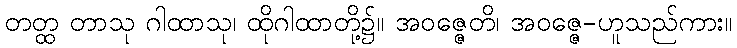
တတ္ထ တာသု ဂါထာသု၊ ထိုဂါထာတို့၌။ အဝဇ္ဇေတိ၊ အဝဇ္ဇေ-ဟူသည်ကား။